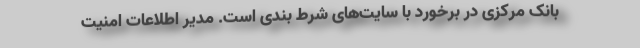
بانک مرکزی در برخورد با سایت‌های شرط بندی است. مدیر اطلاعات امنیت